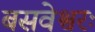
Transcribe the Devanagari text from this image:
बसवेश्वरः